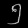
Digit: ၅